Vaccine operations Central Provinces & Berar 1922-1929 - 1922-1929
Year: 1922
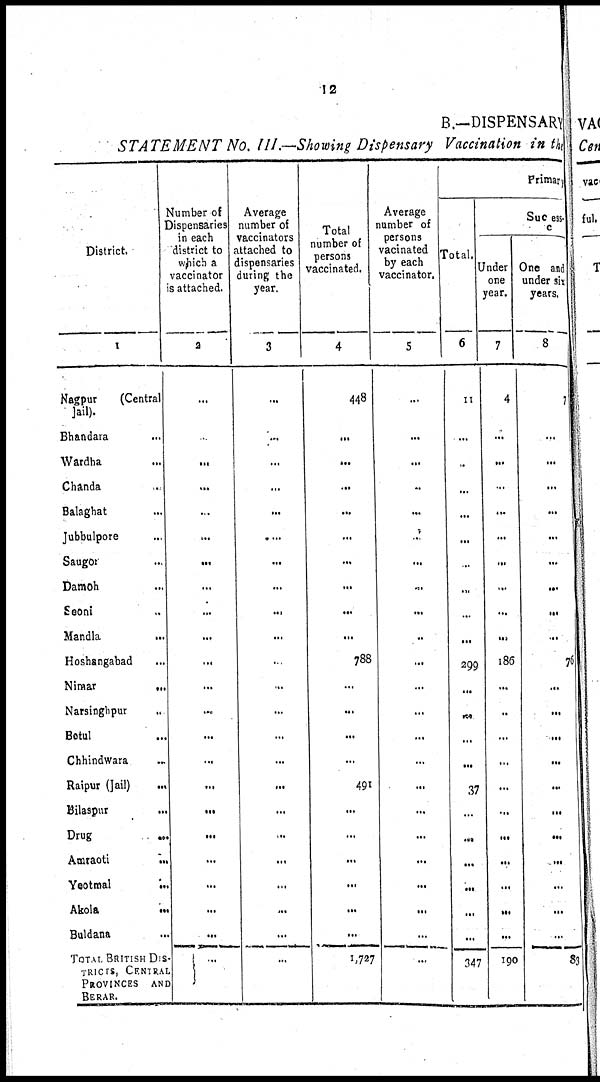
12
B.—DISPENSARY
STATEMENT No. III.—Showing Dispensary Vaccination in the
District.
1
Nagpur
(Central
jail).
Bhandara ...
Wardha ...
Chanda ...
Balaghat ...
Jubbulpore ...
Saugor ...
Damoh ...
Seoni ...
Mandla ...
Hoshangabad ...
Nimar
...
Narsinghpur ...
Betul ...
Chhindwara ...
Raipur (Jail)
...
Bilaspur ...
Drug
...
Amraoti ...
Yeotmal ...
Akola
...
Buldana ...
TOTAL BRITISH DIS-
TRICTS, CENTRAL
PROVINCES AND
BERAR.
Number of
Dispensaries
in each
district to
which a
vaccinator
is attached.
2
...
...
...
...
...
...
...
...
...
...
...
...
...
...
...
...
...
...
...
...
...
...
...
Average
number of
vaccinators
attached to
dispensaries
during the
year.
3
...
...
...
...
...
...
...
...
...
...
...
...
...
...
...
...
...
...
...
...
...
...
...
Total
number of
persons
vaccinated.
4
448
...
...
...
...
...
...
...
...
...
788
...
...
...
...
491
...
...
...
...
...
...
1,727
Average
number of
persons
vacinated
by each
vaccinator.
5
...
...
...
...
...
...
...
...
...
..
...
...
...
...
...
...
...
...
...
...
...
...
...
Primary
Total.
6
11
...
...
...
...
...
...
...
...
...
299
...
...
...
...
37
...
...
...
...
...
...
347
Success.
Under
one
year.
7
4
...
...
...
...
...
...
...
...
...
186
...
...
...
...
...
...
...
...
...
...
...
190
One and
under six
years.
8
7
...
...
...
...
...
...
...
...
...
76
...
...
...
...
...
...
...
...
...
...
...
83